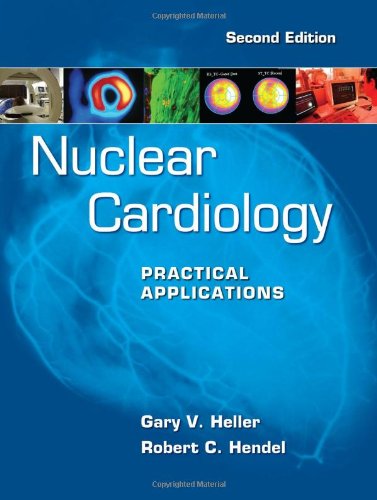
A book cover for Nuclear Cardiology: Practical Applications, Second Edition; Gary Heller; Medical Books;